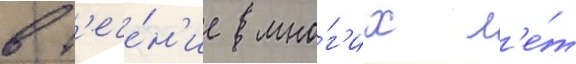
в т'ече́н'ие мно́г'их л'е́т